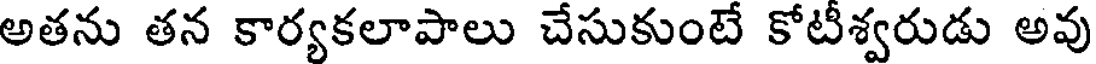
అతను తన కార్యకలాపాలు చేసుకుంటే కోటీశ్వరుడు అవు